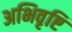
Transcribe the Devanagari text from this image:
अभिवृष्टि